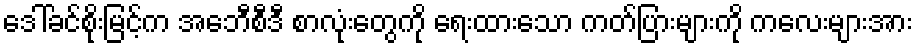
ဒေါ်ခင်စိုးမြင့်က အေဘီစီဒီ စာလုံးတွေကို ရေးထားသော ကတ်ပြားများကို ကလေးများအား